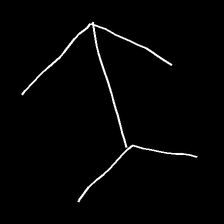
Glyph: gather